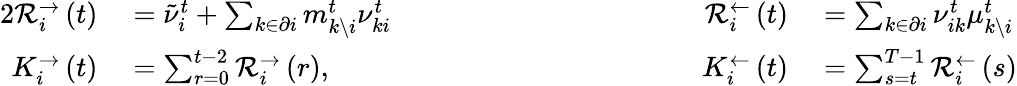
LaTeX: \begin{array}{rlrl}{{2}\mathcal{R}_{i}^{\rightarrow}\left(t\right)}&{{}=\tilde{\nu}_{i}^{t}+\sum_{k\in\partial i}m_{k\setminus i}^{t}\nu_{ki}^{t}\qquad\qquad\qquad\qquad\qquad}&{\mathcal{R}_{i}^{\leftarrow}\left(t\right)}&{{}=\sum_{k\in\partial i}\nu_{ik}^{t}\mu_{k\setminus i}^{t}}\\ {K_{i}^{\rightarrow}\left(t\right)}&{{}=\sum_{r=0}^{t-2}\mathcal{R}_{i}^{\rightarrow}\left(r\right),}&{K_{i}^{\leftarrow}\left(t\right)}&{{}=\sum_{s=t}^{T-1}\mathcal{R}_{i}^{\leftarrow}\left(s\right)}\end{array}